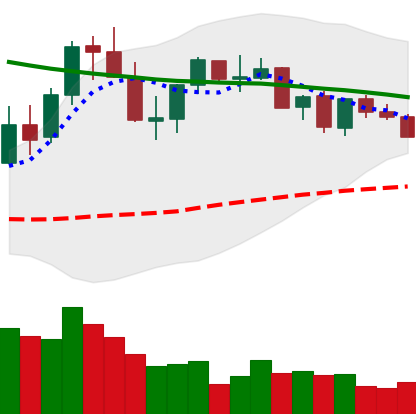
Ticker: XLM-USD
Chart end date: 2021-08-30
Forward return: 12.446%
Label: up_7plus